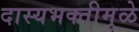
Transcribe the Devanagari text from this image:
दास्यभक्तीमुळे